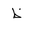
Letter: _za